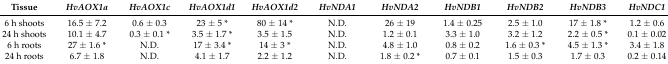
<table><thead><tr><td><b>Tissue</b></td><td><b><i>HvAOX1a</i></b></td><td><b><i>HvAOX1c</i></b></td><td><b><i>HvAOX1d1</i></b></td><td><b><i>HvAOX1d2</i></b></td><td><b><i>HvNDA1</i></b></td><td><b><i>HvNDA2</i></b></td><td><b><i>HvNDB1</i></b></td><td><b><i>HvNDB2</i></b></td><td><b><i>HvNDB3</i></b></td><td><b><i>HvNDC1</i></b></td></tr></thead><tbody><tr><td>6 h shoots</td><td>16.5 ± 7.2</td><td>0.6 ± 0.3</td><td>23 ± 5 *</td><td>80 ± 14 *</td><td>N.D.</td><td>26 ± 19</td><td>1.4 ± 0.25</td><td>2.5 ± 1.0</td><td>17 ± 1.8 *</td><td>1.2 ± 0.6</td></tr><tr><td>24 h shoots</td><td>10.1 ± 4.7</td><td>0.3 ± 0.1 *</td><td>3.5 ± 1.7 *</td><td>3.5 ± 1.5</td><td>N.D.</td><td>1.2 ± 0.1</td><td>3.3 ± 1.0</td><td>3.2 ± 1.2</td><td>2.2 ± 0.5 *</td><td>0.1 ± 0.02</td></tr><tr><td>6 h roots</td><td>27 ± 1.6 *</td><td>N.D.</td><td>17 ± 3.4 *</td><td>14 ± 3 *</td><td>N.D.</td><td>4.8 ± 1.0</td><td>0.8 ± 0.2</td><td>1.6 ± 0.3 *</td><td>4.5 ± 1.3 *</td><td>3.4 ± 1.8</td></tr><tr><td>24 h roots</td><td>6.7 ± 1.8</td><td>N.D.</td><td>4.1 ± 1.7</td><td>2.2 ± 1.2</td><td>N.D.</td><td>1.8 ± 0.2 *</td><td>0.7 ± 0.1</td><td>1.5 ± 0.3</td><td>1.7 ± 0.3</td><td>0.2 ± 0.14</td></tr></tbody></table>